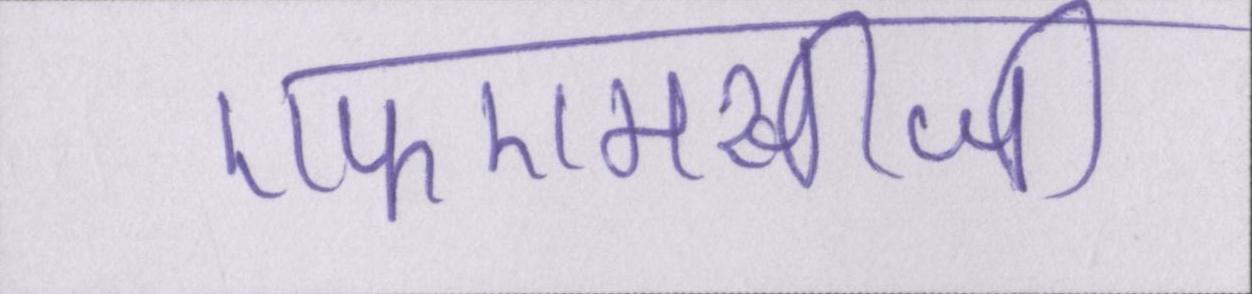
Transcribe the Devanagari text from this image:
एफएमसीजी